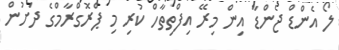
ލޯ އެންޑް ޖެންޑާ އިން މިރޭ އިފްތިތާހް ކުރި މި ޕްރޮގްރާމްގެ ދަށުން